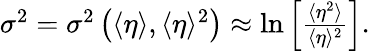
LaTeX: \begin{array}{r}{\sigma^{2}=\sigma^{2}\left(\langle\eta\rangle,\langle\eta\rangle^{2}\right)\approx\ln\left[\frac{\langle\eta^{2}\rangle}{\langle\eta\rangle^{2}}\right].}\end{array}